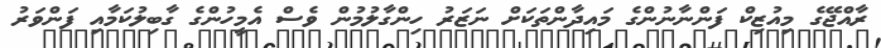
ރާއްޖޭގެ މިއުޒިކް ފަންނާނުންގެ މައިދާންތަކަށް ނަޒަރު ހިންގާލުމުން ވެސް އެމީހުންގެ ގާބިލުކަމާއި ފަންވަރު